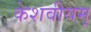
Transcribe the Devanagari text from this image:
केशवीयम्